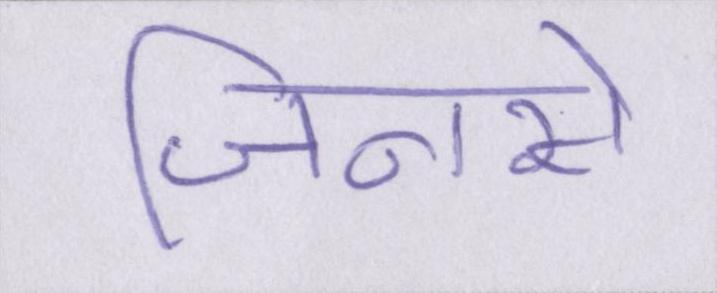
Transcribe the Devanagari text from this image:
जिनसे